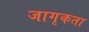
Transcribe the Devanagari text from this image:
जागृकता